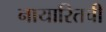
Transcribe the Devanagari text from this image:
नायारितची